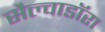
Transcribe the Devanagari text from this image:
सैल्वाडॉरा